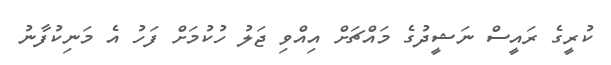
ކުރީގެ ރައީސް ނަޝީދުގެ މައްޗަށް އިއްވި ޖަލު ހުކުމަށް ފަހު އެ މަނިކުފާނު